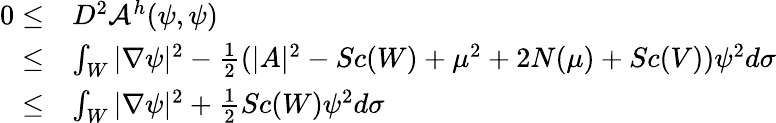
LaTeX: \begin{array}{rl}{0\le}&{D^{2}\mathcal{A}^{h}(\psi,\psi)}\\ {\le}&{\int_{W}|\nabla\psi|^{2}-\frac{1}{2}(|A|^{2}-Sc(W)+\mu^{2}+2N(\mu)+Sc(V))\psi^{2}d\sigma}\\ {\le}&{\int_{W}|\nabla\psi|^{2}+\frac{1}{2}Sc(W)\psi^{2}d\sigma}\end{array}